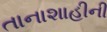
તાનાશાહીની